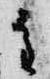
重